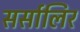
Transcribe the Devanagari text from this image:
सर्सालिर